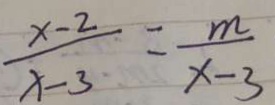
\frac { x - 2 } { x - 3 } = \frac { m } { x - 3 }